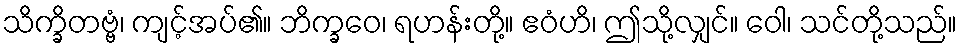
သိက္ခိတဗ္ဗံ၊ ကျင့်အပ်၏။ ဘိက္ခဝေ၊ ရဟန်းတို့။ ဧဝံဟိ၊ ဤသို့လျှင်။ ဝေါ၊ သင်တို့သည်။